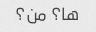
ها؟ من؟